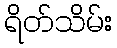
ရိတ်သိမ်း